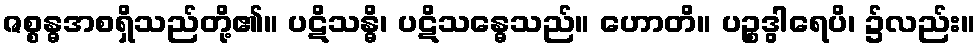
ဇစ္စန္ဓအစရှိသည်တို့၏။ ပဋိသန္ဓိ၊ ပဋိသန္ဓေသည်။ ဟောတိ။ ပဉ္စဒွါရေပိ၊ ၌လည်း။